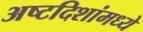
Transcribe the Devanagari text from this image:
अष्टदिशांमध्ये